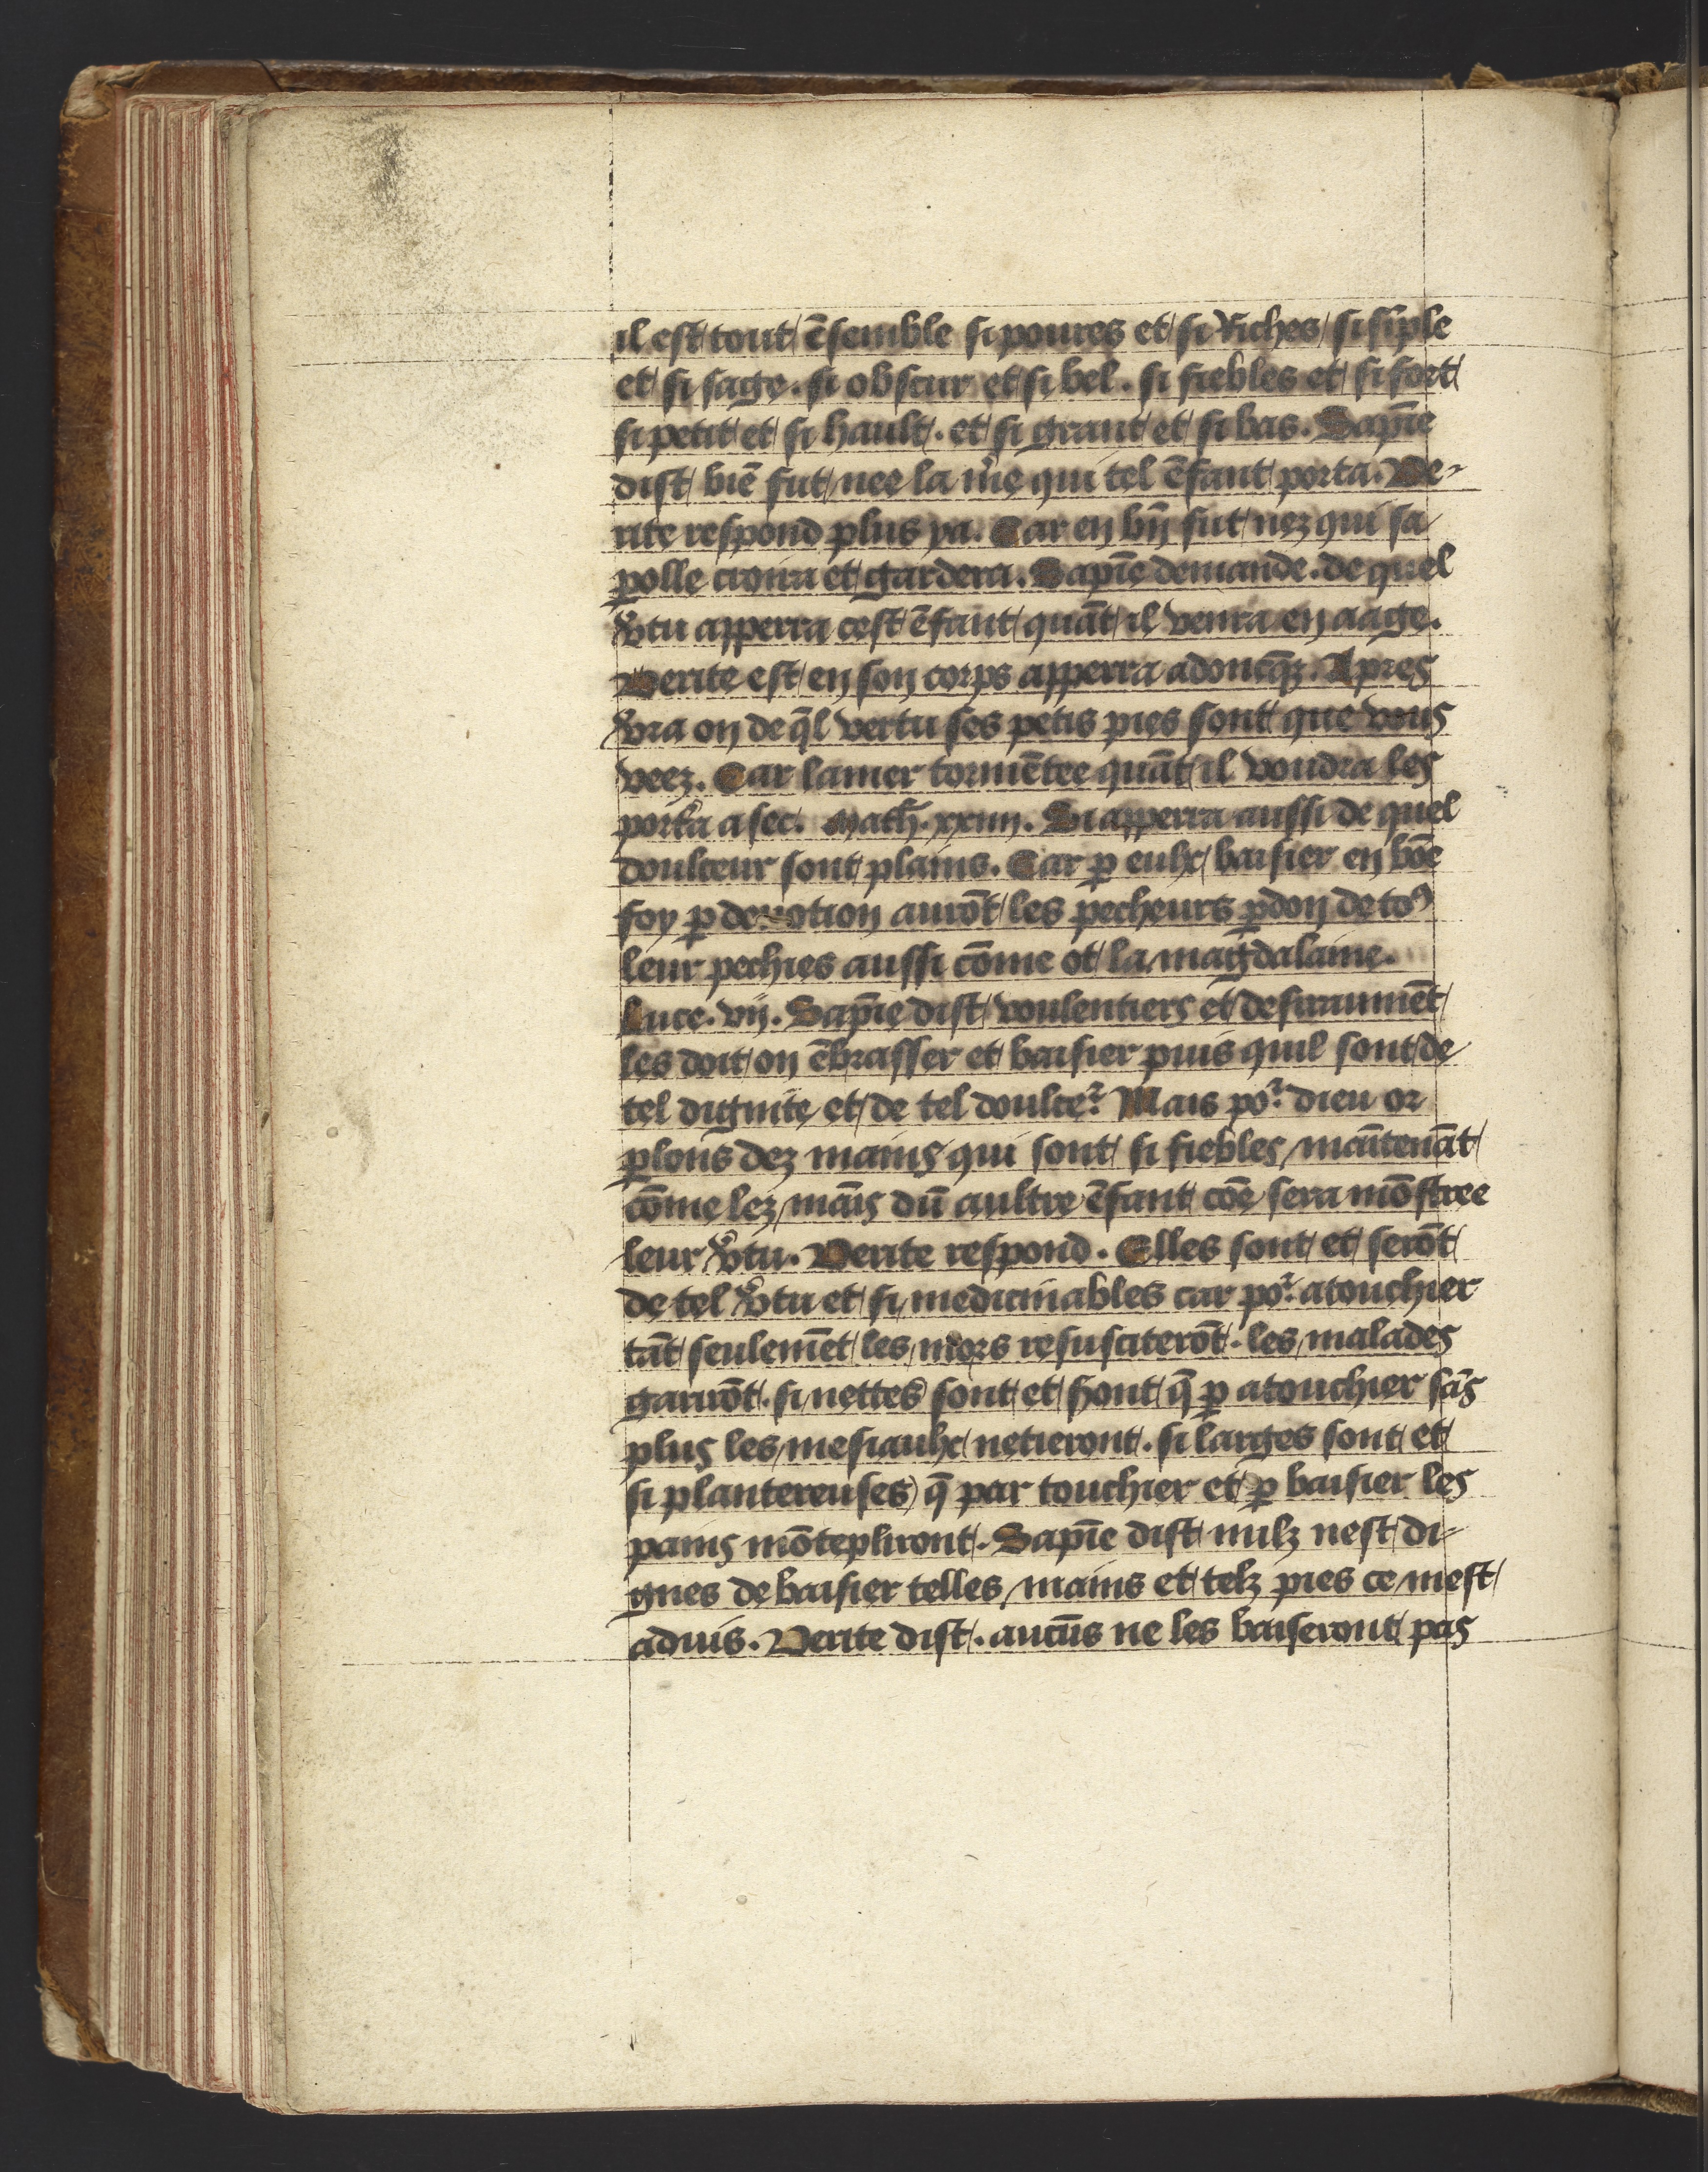
Shelfmark: Philadelphia, University of Pennsylvania, Ms. Codex 660
Century: 14